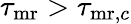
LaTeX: \tau_{\mathrm{mr}}>\tau_{{\mathrm{mr}},c}